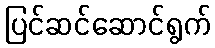
ပြင်ဆင်ဆောင်ရွက်